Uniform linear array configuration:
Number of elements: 4
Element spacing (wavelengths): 0.25
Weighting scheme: binomial
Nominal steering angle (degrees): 0
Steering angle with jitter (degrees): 0.9819
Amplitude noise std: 0.05
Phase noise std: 0.05

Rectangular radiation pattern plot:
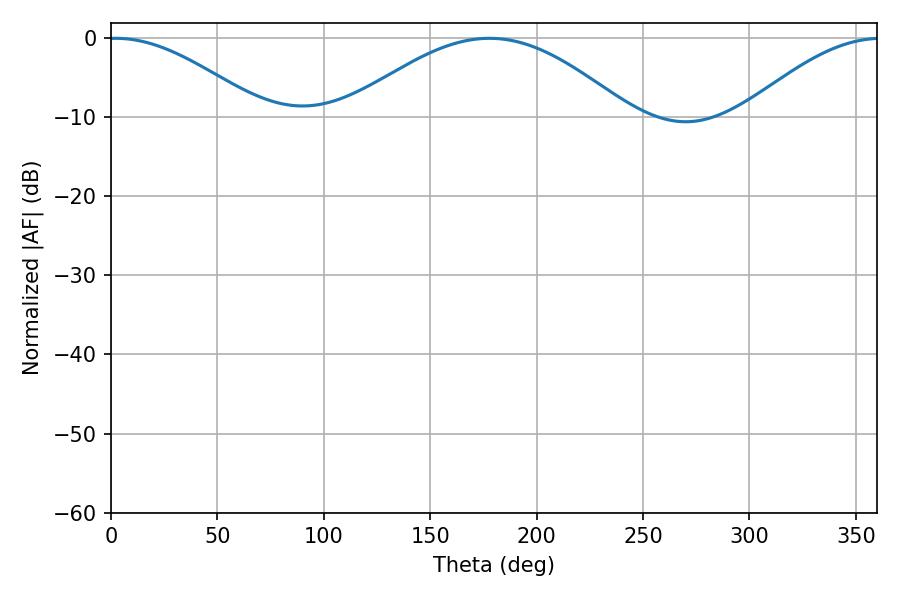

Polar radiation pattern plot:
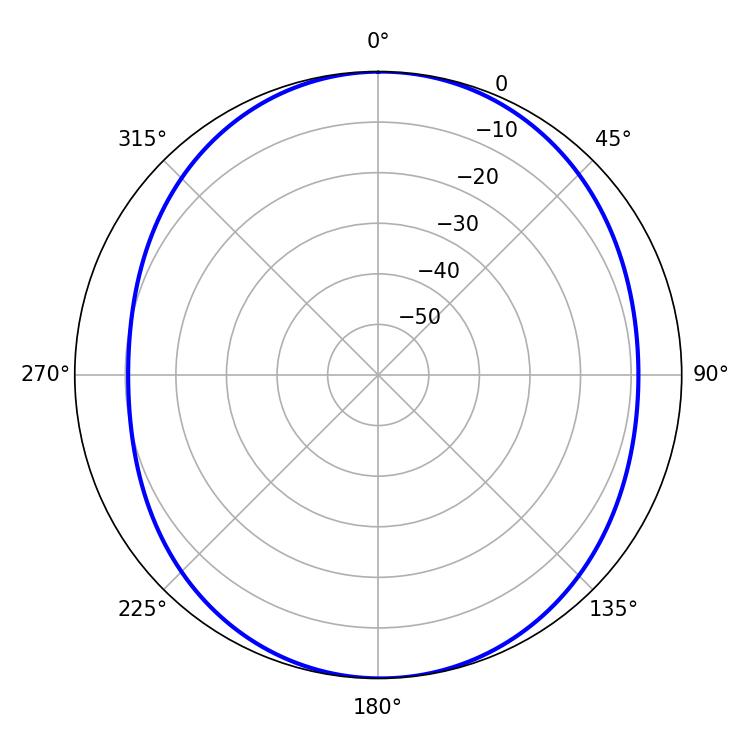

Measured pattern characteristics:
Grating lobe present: FALSE
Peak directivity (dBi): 11.492
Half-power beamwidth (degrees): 38.88
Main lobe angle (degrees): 2.16